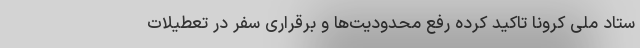
ستاد ملی کرونا تاکید کرده رفع محدودیت‌ها و برقراری سفر در تعطیلات